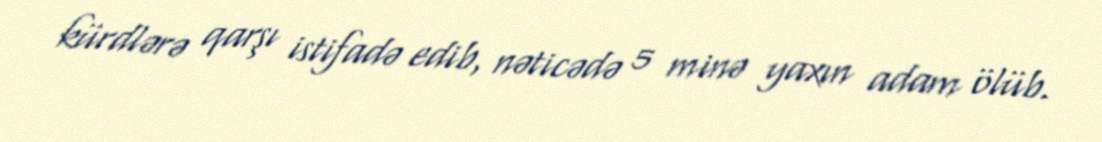
kürdlərə qarşı istifadə edib, nəticədə 5 minə yaxın adam ölüb.